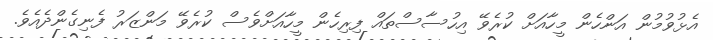
އެޅުވުމުން އަންހެން މީހާއަށް ކުރެވޭ އިހުސާސްތައް ފިރިހެން މީހާއަށްވެސް ކުރެވޭ މަންޒަރު ފެނިގެންދެއެވެ.